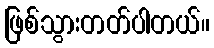
ဖြစ်သွားတတ်ပါတယ်။